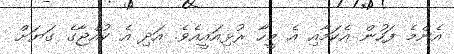
އެންމެ ފަހުން އެކަމާއި އެ މީހާ ރުޅިއައީއެވެ. އަދި އެ ކުއްޖާގެ ގަޔަށް